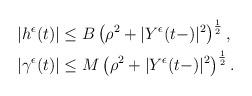
LaTeX: \begin{align*}\begin{aligned}&|h^{\epsilon}(t)|\leq B\left(\rho^{2}+|Y^{\epsilon}(t-)|^{2}\right)^{\frac{1}{2}},\\&|\gamma^{\epsilon}(t)|\leq M\left(\rho^{2}+|Y^{\epsilon}(t-)|^{2}\right)^{\frac{1}{2}}.\end{aligned}\end{align*}